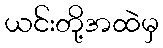
ယင်းတို့အထဲမှ